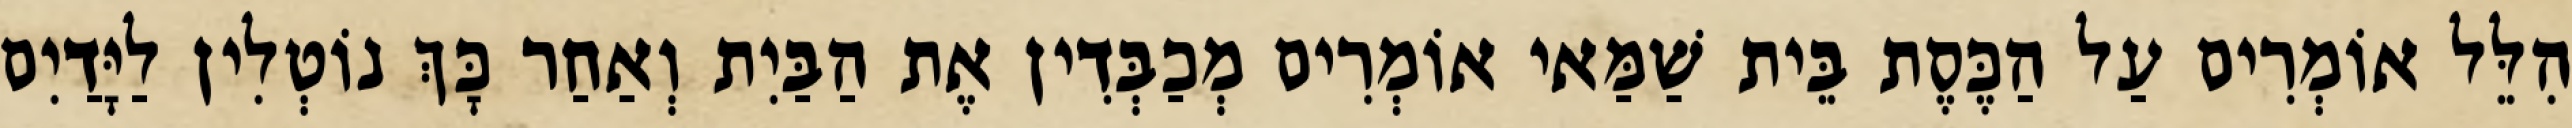
הִלֵּל אוֹמְרִים עַל הַכֶּסֶת בֵּית שַׁמַּאי אוֹמְרִים מְכַבְּדִין אֶת הַבַּיִת וְאַחַר כָּךְ נוֹטְלִין לַיָּדַיִם